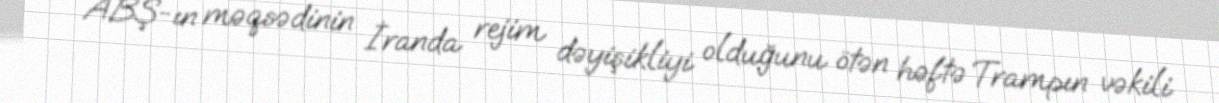
ABŞ-ın məqsədinin İranda rejim dəyişikliyi olduğunu ötən həftə Trampın vəkili